Vaccination in Burma 1920-1933 - 1920-1933
Year: 1920
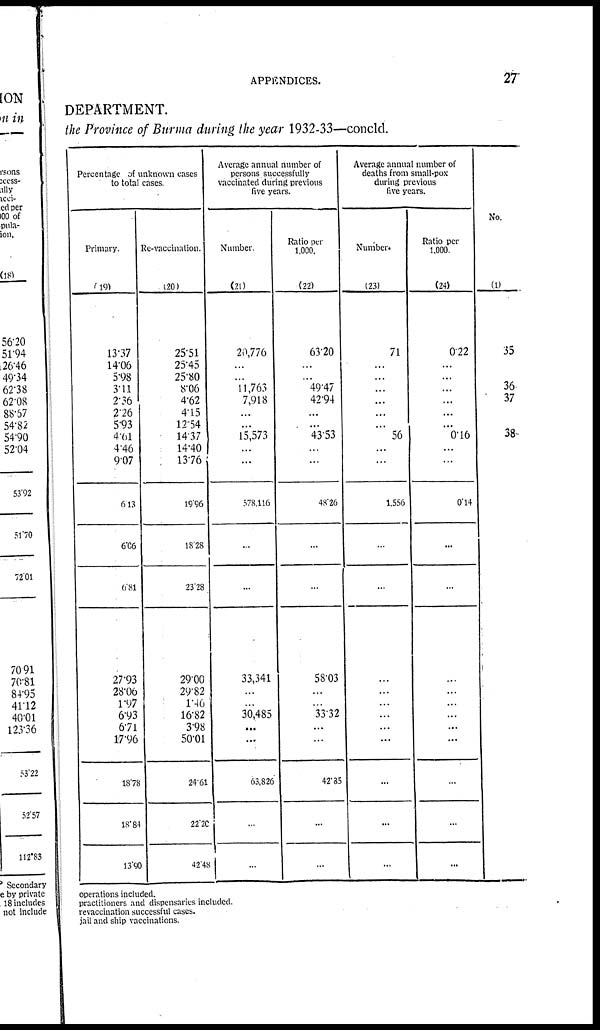
APPENDICES.
27
DEPARTMENT.
the Province of Burma during the year 1932-33—concld.
Percentage of unknown cases
to total cases
Primary.
(19)
13.37
14.06
5.98
3.11
2.36
2.26
5.93
4.61
4.46
9.07
6.13
6.06
6.81
27.93
28.06
1.97
6.93
6.71
17.96
18.78
18.84
13.90
Re-vaccination.
(20)
25.51
25.45
25.80
8.06
4.62
4.15
12.54
14.37
14.40
13.76
19.96
18.28
23.28
29.00
29.82
1. 46
16.82
3.98
50.01
24.61
22.20
42.48
Average annual number of
persons successfully
vaccinated during previous
five years.
Number.
(21)
20,776
...
...
11,763
7,918
...
...
15,573
...
...
578,116
...
...
33,341
...
...
30,485
...
...
63,826
...
...
Ratio per
1,000.
(22)
63.20
...
...
49.47
42.94
...
...
43.53
...
...
48.26
...
...
58.03
...
...
33.32
...
...
42.35
...
...
Average annual number of
deaths from small-pox
during previous
five years.
Number.
(23)
71
...
...
...
...
...
..
56
...
...
1,556
...
...
...
...
...
...
...
...
...
...
...
Ratio per
1,000.
(24)
0.22
...
...
...
...
...
...
0.16
...
...
0.14
...
...
...
...
...
...
...
...
...
...
...
No.
(1)
35
36
37
38
operations included.
practitioners and dispensaries included.
revaccination successful cases.
jail and ship vaccinations.